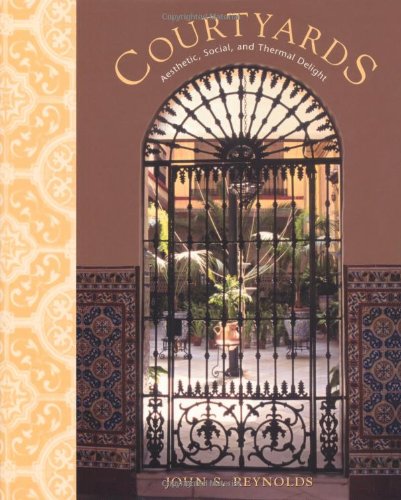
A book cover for Courtyards: Aesthetic, Social, and Thermal Delight; John S. Reynolds; Crafts, Hobbies & Home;